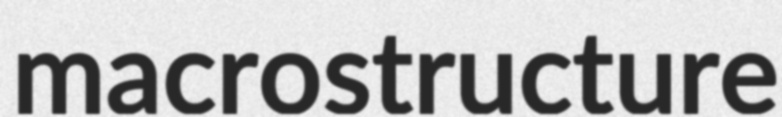
macrostructure